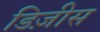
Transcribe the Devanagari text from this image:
डिज़ीस